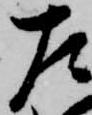
左